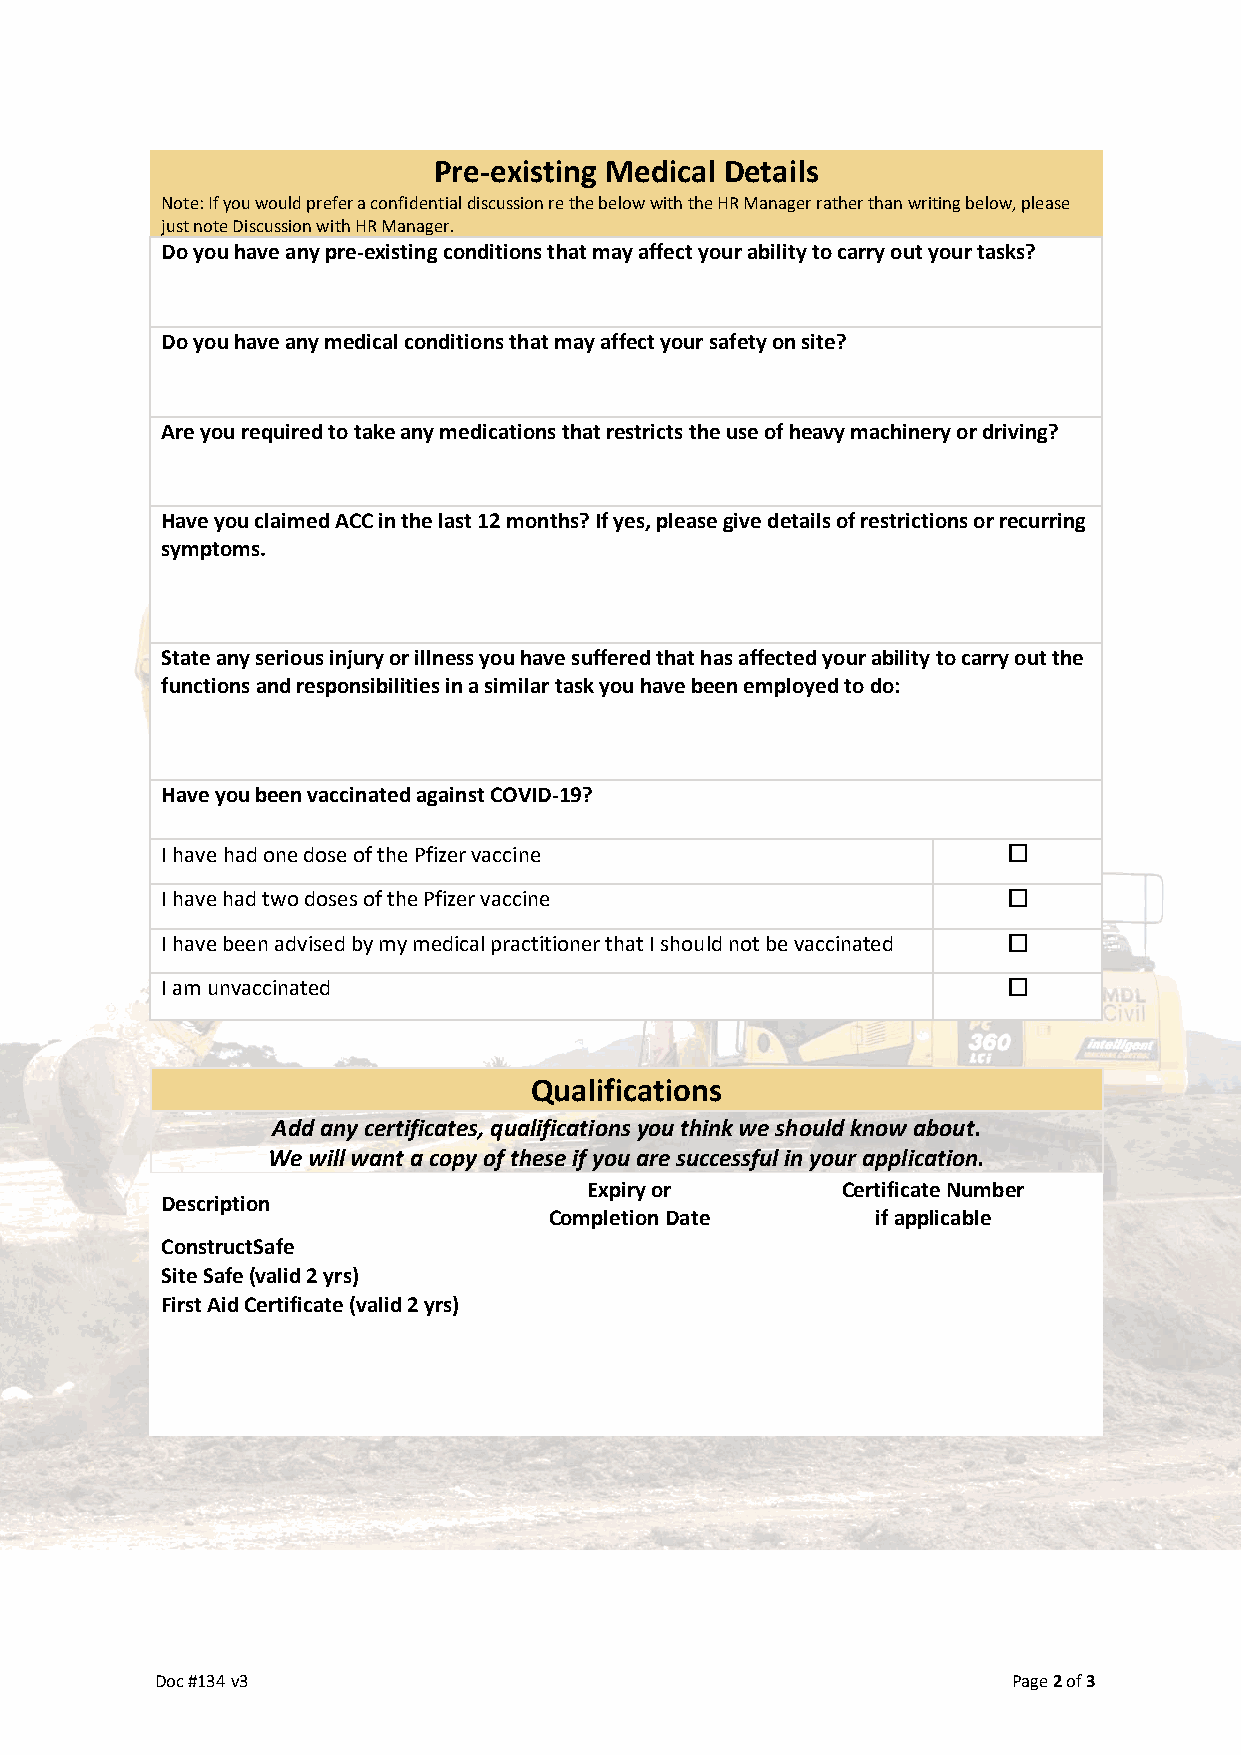
Pre-existing Medical Details
 Note: If you would prefer a confidential discussion re the below with the HR Manager rather than writing below, please
 just note Discussion with HR Manager.
 Do you have any pre-existing conditions that may affect your ability to carry out your tasks?
 Do you have any medical conditions that may affect your safety on site?
 Are you required to take any medications that restricts the use of heavy machinery or driving?
 Have you claimed ACC in the last 12 months? If yes, please give details of restrictions or recurring
 symptoms.
 State any serious injury or illness you have suffered that has affected your ability to carry out the
 functions and responsibilities in a similar task you have been employed to do:
 Have you been vaccinated against COVID-19?
 I have had one dose of the Pfizer vaccine               
 I have had two doses of the Pfizer vaccine              
 I have been advised by my medical practitioner that I should not be vaccinated 
 I am unvaccinated                                       
 Qualifications
 Add any certificates, qualifications you think we should know about.
 We will want a copy of these if you are successful in your application.
 Expiry or        Certificate Number
 Description
 Completion Date       if applicable
 ConstructSafe
 Site Safe (valid 2 yrs)
 First Aid Certificate (valid 2 yrs)
 Doc #134 v3                                              Page 2 of 3